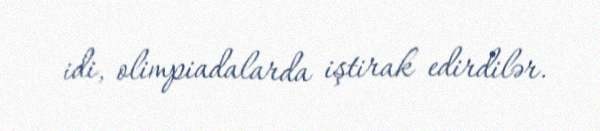
idi, olimpiadalarda iştirak edirdilər.